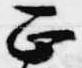
正